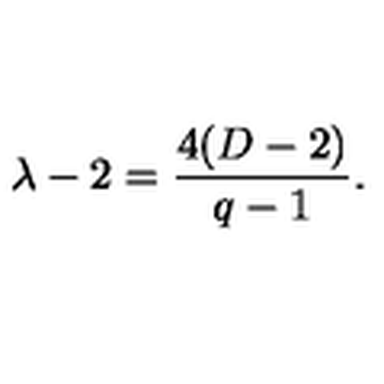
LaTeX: \lambda - 2 = \frac { 4 ( D - 2 ) } { q - 1 } .